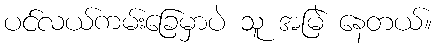
ပင်လယ်ကမ်းခြေမှာပဲ သူ အမြဲ နေတယ်။